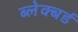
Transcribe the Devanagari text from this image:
ब्लेक्बर्ड